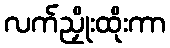
လက်ညှိုးထိုးကာ